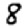
Digit: 8